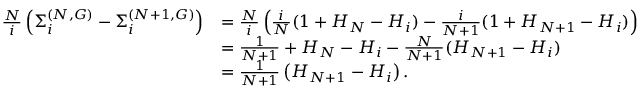
\begin{array} { r l } { \frac { N } { i } \left( \Sigma _ { i } ^ { ( N , G ) } - \Sigma _ { i } ^ { ( N + 1 , G ) } \right) } & { = \frac { N } { i } \left( \frac { i } { N } ( 1 + H _ { N } - H _ { i } ) - \frac { i } { N + 1 } ( 1 + H _ { N + 1 } - H _ { i } ) \right) } \\ & { = \frac { 1 } { N + 1 } + H _ { N } - H _ { i } - \frac { N } { N + 1 } ( H _ { N + 1 } - H _ { i } ) } \\ & { = \frac { 1 } { N + 1 } \left( H _ { N + 1 } - H _ { i } \right) . } \end{array}